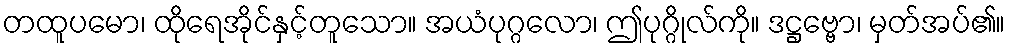
တထူပမော၊ ထိုရေအိုင်နှင့်တူသော။ အယံပုဂ္ဂလော၊ ဤပုဂ္ဂိုလ်ကို။ ဒဋ္ဌဗ္ဗော၊ မှတ်အပ်၏။